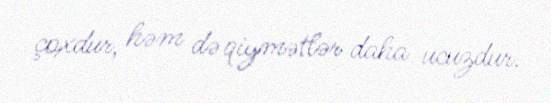
çoxdur, həm də qiymətlər daha ucuzdur.